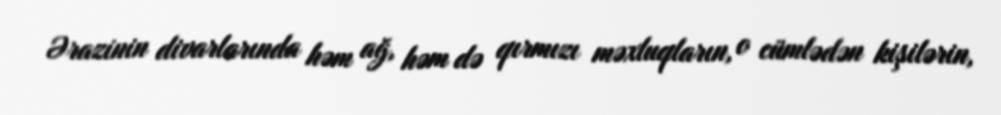
Ərazinin divarlarında həm ağ, həm də qırmızı məxluqların, o cümlədən kişilərin,